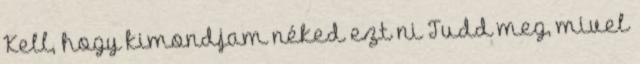
Kell, hogy kimondjam néked ezt ni Tudd meg, mivel